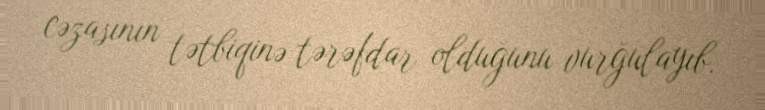
cəzasının tətbiqinə tərəfdar olduğunu vurğulayıb.